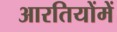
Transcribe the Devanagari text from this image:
आरतियोंमें